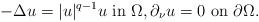
\begin{align*}-\Delta u=|u|^{q-1}u\ \hbox{in}\ \Omega,\partial_\nu u=0\ \hbox{on}\ \partial\Omega.\end{align*}